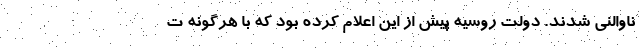
ناوالنی شدند. دولت روسیه پیش از این اعلام کرده بود که با هرگونه ت